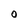
Character: 0